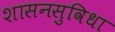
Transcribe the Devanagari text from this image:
शासनसुविधा